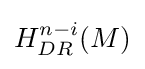
H_{DR}^{n-i}(M)